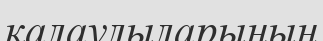
қалаулыларының